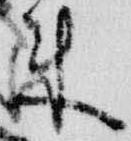
来